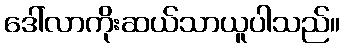
ဒေါ်လာကိုးဆယ်သာယူပါသည်။